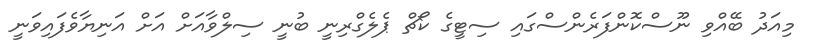
މިއަދު ބޭއްވި ނޫސްކޮންފަރެންސްގައި ސިޓީގެ ކޯޗް ޕެލެގްރިނީ ބުނީ ސިލްވާއަށް އަށް އަނިޔާވެފައިވަނީ